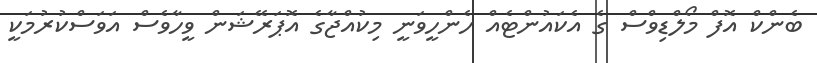
ބެންކް އޮފް މޯލްޑިވްސް ގެ އެކައުންޓެއް ހެންހީވަނީ މިކުއްޖާގެ އޮޕަރޭޝަން ވީހާވެސް އަވަސްކުރުމަކީ